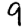
Digit: 9